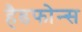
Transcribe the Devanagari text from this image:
हैडफोन्स